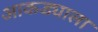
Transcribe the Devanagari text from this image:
आकड्याला